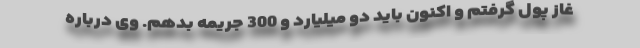
غاز پول گرفتم و اکنون باید دو میلیارد و 300 جریمه بدهم. وی درباره